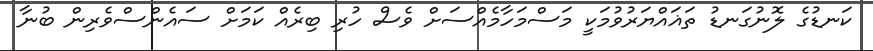
ކަނޑުގެ ލޮނުގަނޑު ތަޣައްޔަރުވުމަކީ މަސްމަހާމެއްސަށް ވެސް ހުރި ބިރެއް ކަމަށް ސައެންސްވެރިން ބުނާ